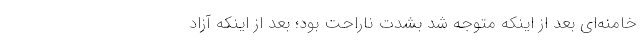
خامنه‌ای بعد از اینکه متوجه شد بشدت ناراحت بود؛ بعد از اینکه آزاد